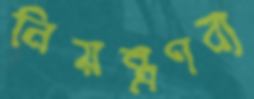
নিয়ন্ত্রণব্য